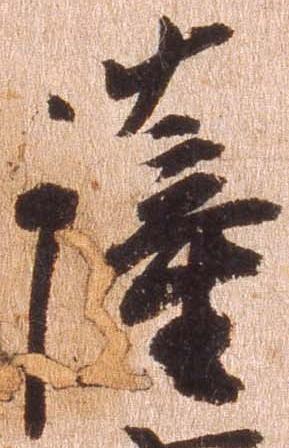
薩